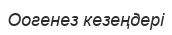
Оогенез кезеңдері